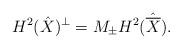
LaTeX: \begin{align*}H^2(\hat X)^\perp = M_{\pm} H^2(\hat{\overline{X}}).\end{align*}